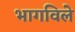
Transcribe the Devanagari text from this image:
भागविले